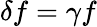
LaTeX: \delta f=\gamma f